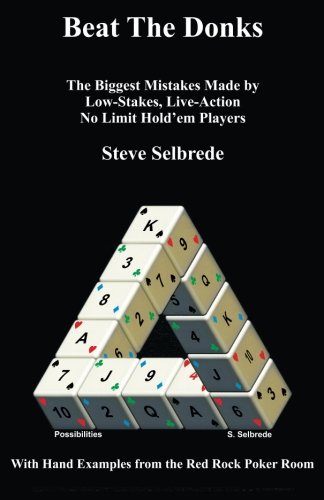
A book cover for Beat The Donks: The Biggest Mistakes Made By Low-stakes, Live-Action No-Limit Hold'em Players; Steve Selbrede; Humor & Entertainment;